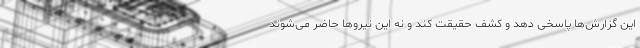
این گزارش‌ها پاسخی دهد و کشف حقیقت کند و نه این نیروها حاضر می‌شوند